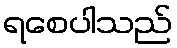
ရစေပါသည်